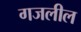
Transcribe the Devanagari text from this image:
गजलील